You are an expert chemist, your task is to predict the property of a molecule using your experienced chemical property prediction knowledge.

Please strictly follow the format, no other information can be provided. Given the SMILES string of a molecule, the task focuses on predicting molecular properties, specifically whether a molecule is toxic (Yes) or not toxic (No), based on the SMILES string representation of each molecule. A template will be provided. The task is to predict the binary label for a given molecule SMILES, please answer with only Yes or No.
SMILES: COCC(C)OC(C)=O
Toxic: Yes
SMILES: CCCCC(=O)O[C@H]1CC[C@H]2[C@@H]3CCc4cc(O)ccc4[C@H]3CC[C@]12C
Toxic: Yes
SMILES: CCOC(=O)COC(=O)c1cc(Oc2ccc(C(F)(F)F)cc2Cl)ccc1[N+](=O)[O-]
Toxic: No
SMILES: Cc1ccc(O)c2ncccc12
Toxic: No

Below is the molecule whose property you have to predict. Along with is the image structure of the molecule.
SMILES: C[Si]1(C)O[Si](C)(C)O[Si](C)(C)O1
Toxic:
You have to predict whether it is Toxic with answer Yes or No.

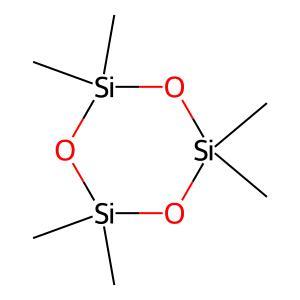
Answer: No